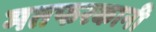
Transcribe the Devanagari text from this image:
मतफरकानी